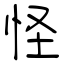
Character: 怪